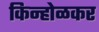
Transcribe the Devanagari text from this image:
किन्होळकर